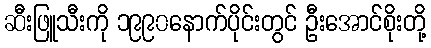
ဆီးဖြူသီးကို ၁၉၉၀နောက်ပိုင်းတွင် ဦးအောင်စိုးတို့